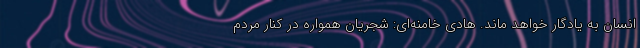
انسان به یادگار خواهد ماند. هادی خامنه‌ای: شجریان همواره در کنار مردم